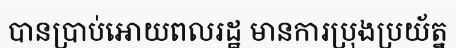
បានប្រាប់អោយពលរដ្ឋ មានការប្រុងប្រយ័ត្ន